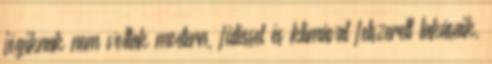
jógiknak nem voltak modern, fűtéssel és klímával felszerelt lakásaik,